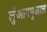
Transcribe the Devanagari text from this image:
लुंआगमुआल